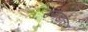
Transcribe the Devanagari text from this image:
उजेडांत